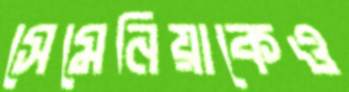
সেমেনিয়াকেও